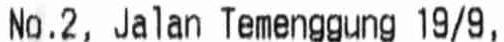
NO.2, JALAN TEMENGGUNG 19/9,